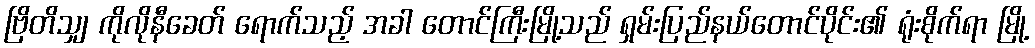
ဗြိတိသျှ ကိုလိုနီခေတ် ရောက်သည့် အခါ တောင်ကြီးမြို့သည် ရှမ်းပြည်နယ်တောင်ပိုင်း၏ ရုံးစိုက်ရာ မြို့